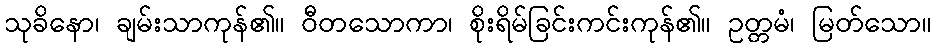
သုခိနော၊ ချမ်းသာကုန်၏။ ဝီတသောကာ၊ စိုးရိမ်ခြင်းကင်းကုန်၏။ ဥတ္တမံ၊ မြတ်သော။